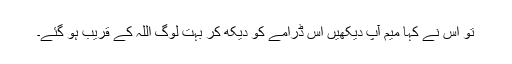
تو اس نے کہا میم آپ دیکھیں اس ڈرامے کو دیکھ کر بہت لوگ اللہ کے قریب ہو گئے۔